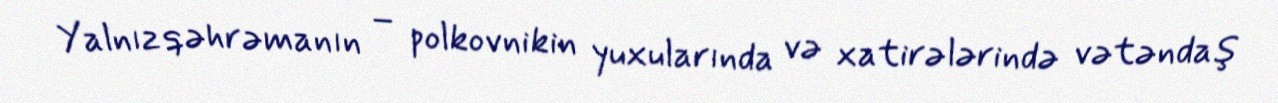
Yalnız qəhrəmanın – polkovnikin yuxularında və xatirələrində vətəndaş